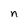
Character: n